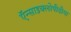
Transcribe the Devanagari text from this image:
ऍन्साइक्लोपीडीया